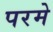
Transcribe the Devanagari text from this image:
परमे